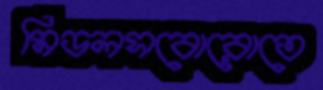
মিডলসবোরোতে